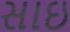
સાઇ